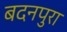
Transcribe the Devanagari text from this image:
बदनपुरा